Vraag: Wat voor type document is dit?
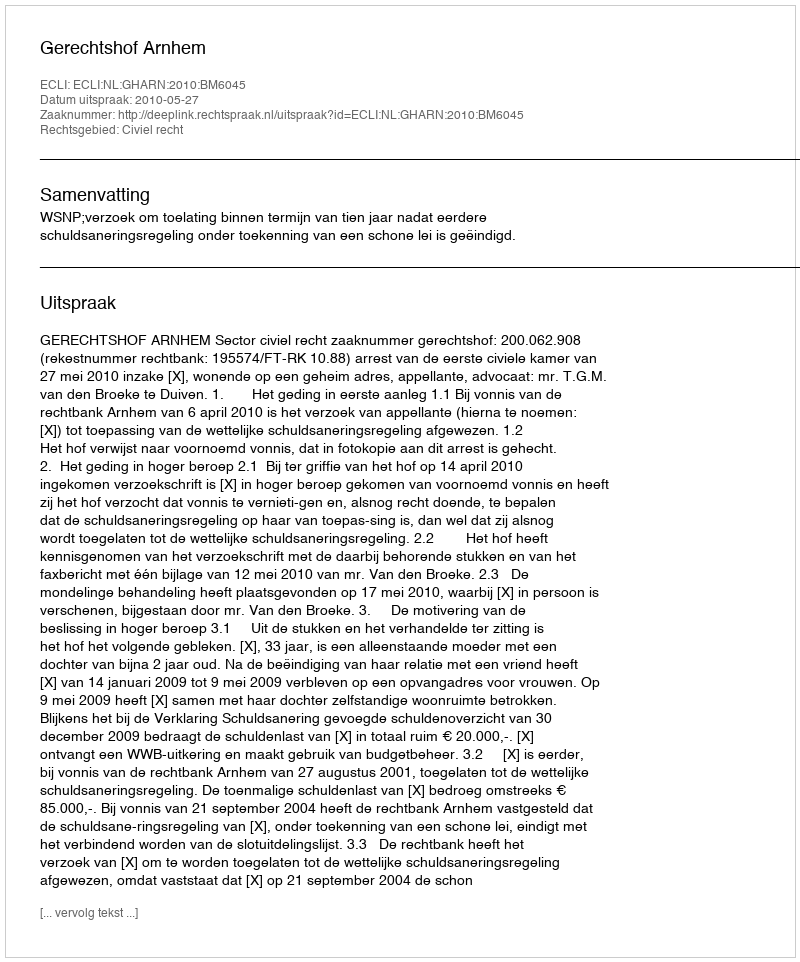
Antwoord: Uitspraak